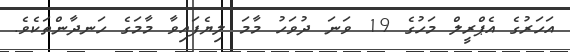
އަހަރުގެ އެޕްރީލް މަހުގެ 19 ވަނަ ދުވަހު މާމަ ލިޔެފައިވާ މާމަގެ ހަނދާންތަކެވެ.